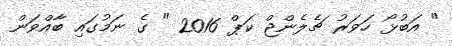
" އަބުޅޯ ހަވަރު ޗެލެންޖް ކަޕް 2016 " ގެ ނަމުގައި ބާއްވަން